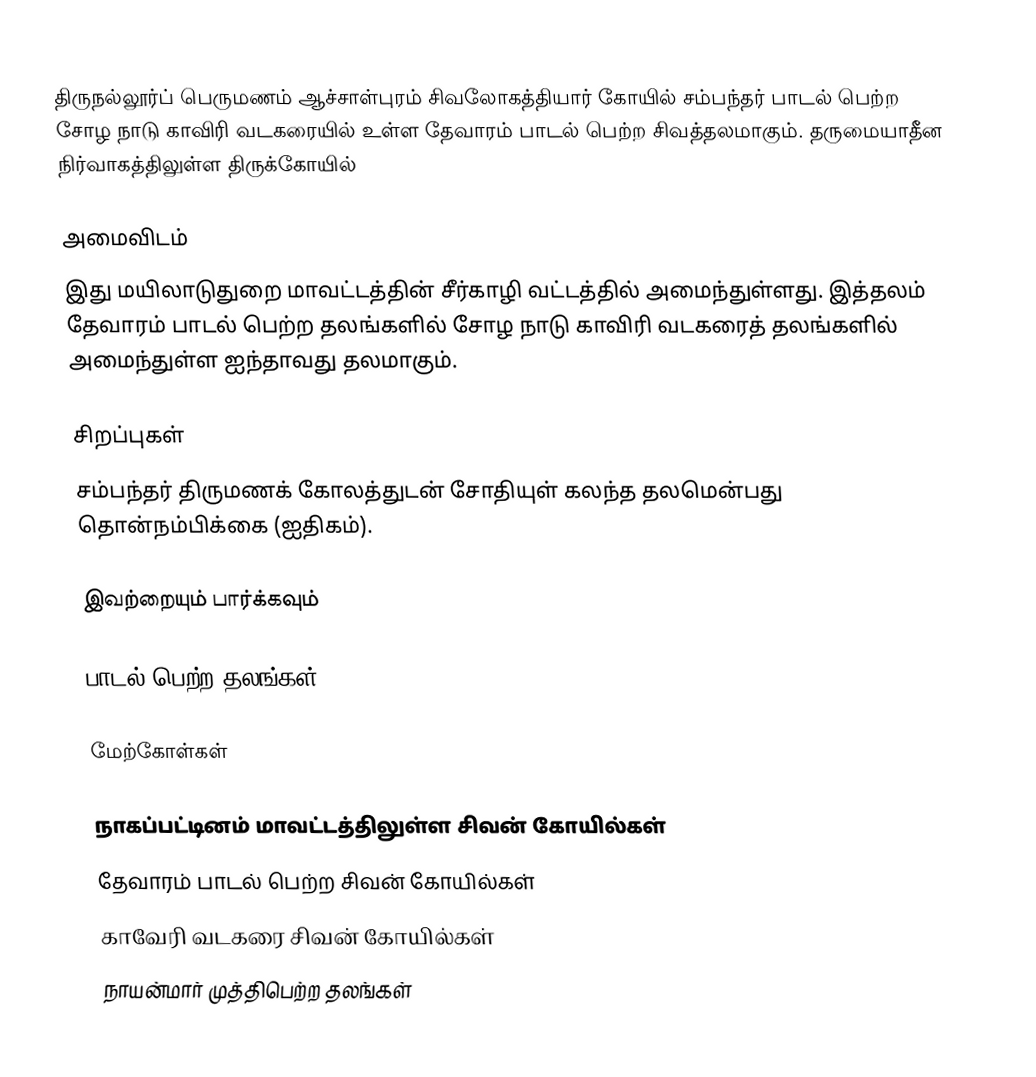
திருநல்லூர்ப் பெருமணம் ஆச்சாள்புரம் சிவலோகத்தியார் கோயில் சம்பந்தர் பாடல் பெற்ற சோழ நாடு காவிரி வடகரையில் உள்ள தேவாரம் பாடல் பெற்ற  சிவத்தலமாகும். தருமையாதீன நிர்வாகத்திலுள்ள திருக்கோயில்

அமைவிடம்
இது மயிலாடுதுறை மாவட்டத்தின் சீர்காழி வட்டத்தில்  அமைந்துள்ளது. இத்தலம் தேவாரம் பாடல் பெற்ற தலங்களில் சோழ நாடு காவிரி வடகரைத் தலங்களில் அமைந்துள்ள ஐந்தாவது தலமாகும்.

சிறப்புகள்
சம்பந்தர் திருமணக் கோலத்துடன் சோதியுள் கலந்த தலமென்பது தொன்நம்பிக்கை (ஐதிகம்).

இவற்றையும் பார்க்கவும்

 பாடல் பெற்ற தலங்கள்

மேற்கோள்கள்

நாகப்பட்டினம் மாவட்டத்திலுள்ள சிவன் கோயில்கள்
தேவாரம் பாடல் பெற்ற சிவன் கோயில்கள்
காவேரி வடகரை சிவன் கோயில்கள்
நாயன்மார் முத்திபெற்ற தலங்கள்